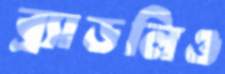
ব্র্যাডলিও